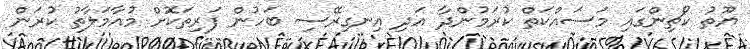
ޔޫތު ކޯޗިންގައި މަސައްކަތް ކުރަމުންދާ އަދި އިނގިރޭސި ބަހުން ފަރިތަކޮށް މުއާމަލާތު ކުރަން